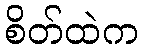
စိတ်ထဲက